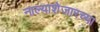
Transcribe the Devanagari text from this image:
नाल्याशेजारच्या